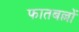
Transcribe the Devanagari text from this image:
फातबल्लों